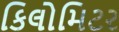
કિલોમિટર